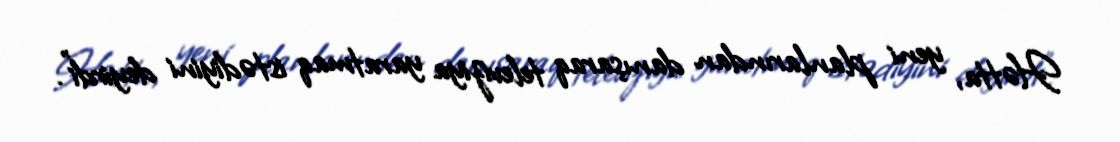
Hətta, yeni planlarından danışaraq televiziya yaratmaq istədiyini deyirdi”.